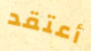
أعتقد